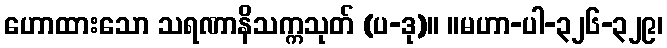
ဟောထားသော သရဏာနိသက္ကသုတ် (ပ-ဒု)။ ။မဟာ-ပါ-၃၂၆-၃၂၉၊